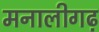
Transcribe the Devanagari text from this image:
मनालीगढ़